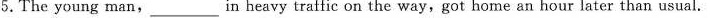
5.The young man, ___ in heavy traffic on the way,got home an hour later than usual.